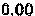
0.00